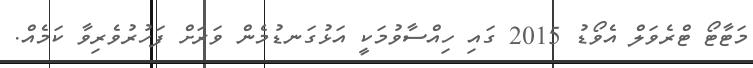
މަޓާޓޯ ޓްރެވަލް އެވޯޑު 2015 ގައި ހިއްސާވުމަކީ އަޅުގަނޑުމެން ވަރަށް ފަހުރުވެރިވާ ކަމެއް.